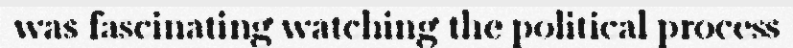
was fascinating watching the political process